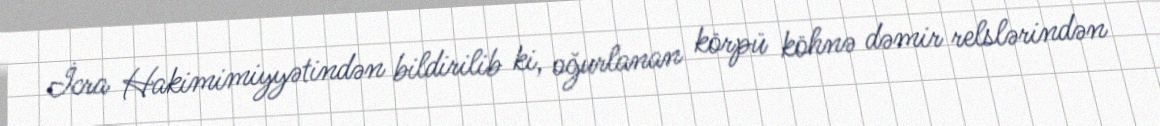
İcra Hakimimiyyətindən bildirilib ki, oğurlanan körpü köhnə dəmir relslərindən